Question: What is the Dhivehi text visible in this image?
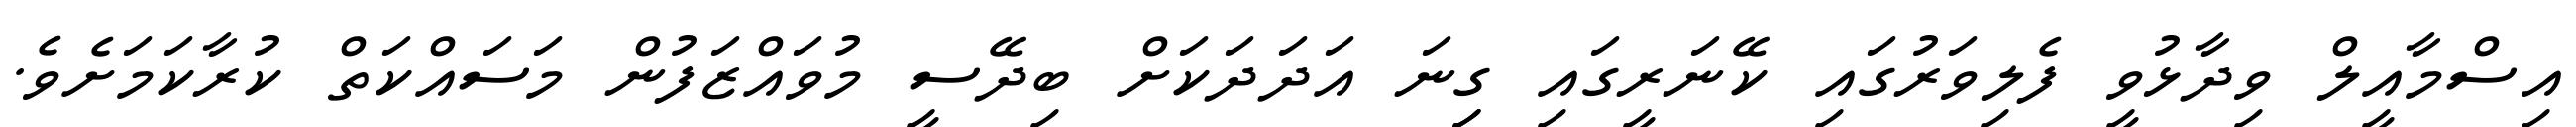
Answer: އިސްމާއީލް ވިދާޅުވީ ފެލިވަރުގައި ކޭނަރީގައި ގިިނަ އަދަދަކަށް ބިދޭސީ މުވައްޒަފުން މަސައްކަތް ކުރާކަމަށެވެ.